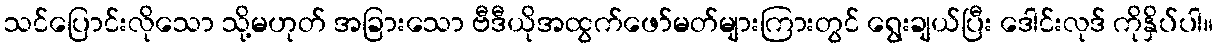
သင်ပြောင်းလိုသော သို့မဟုတ် အခြားသော ဗီဒီယိုအထွက်ဖော်မတ်များကြားတွင် ရွေးချယ်ပြီး ဒေါင်းလုဒ် ကိုနှိပ်ပါ။